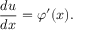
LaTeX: { \frac { d u } { d x } } = \varphi ^ { \prime } ( x ) .